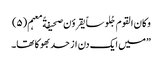
وکان القوم جُلوساً یقروٴن صحیفةً معہم(۵)
”میں ایک دن از حد بھوکا تھا۔